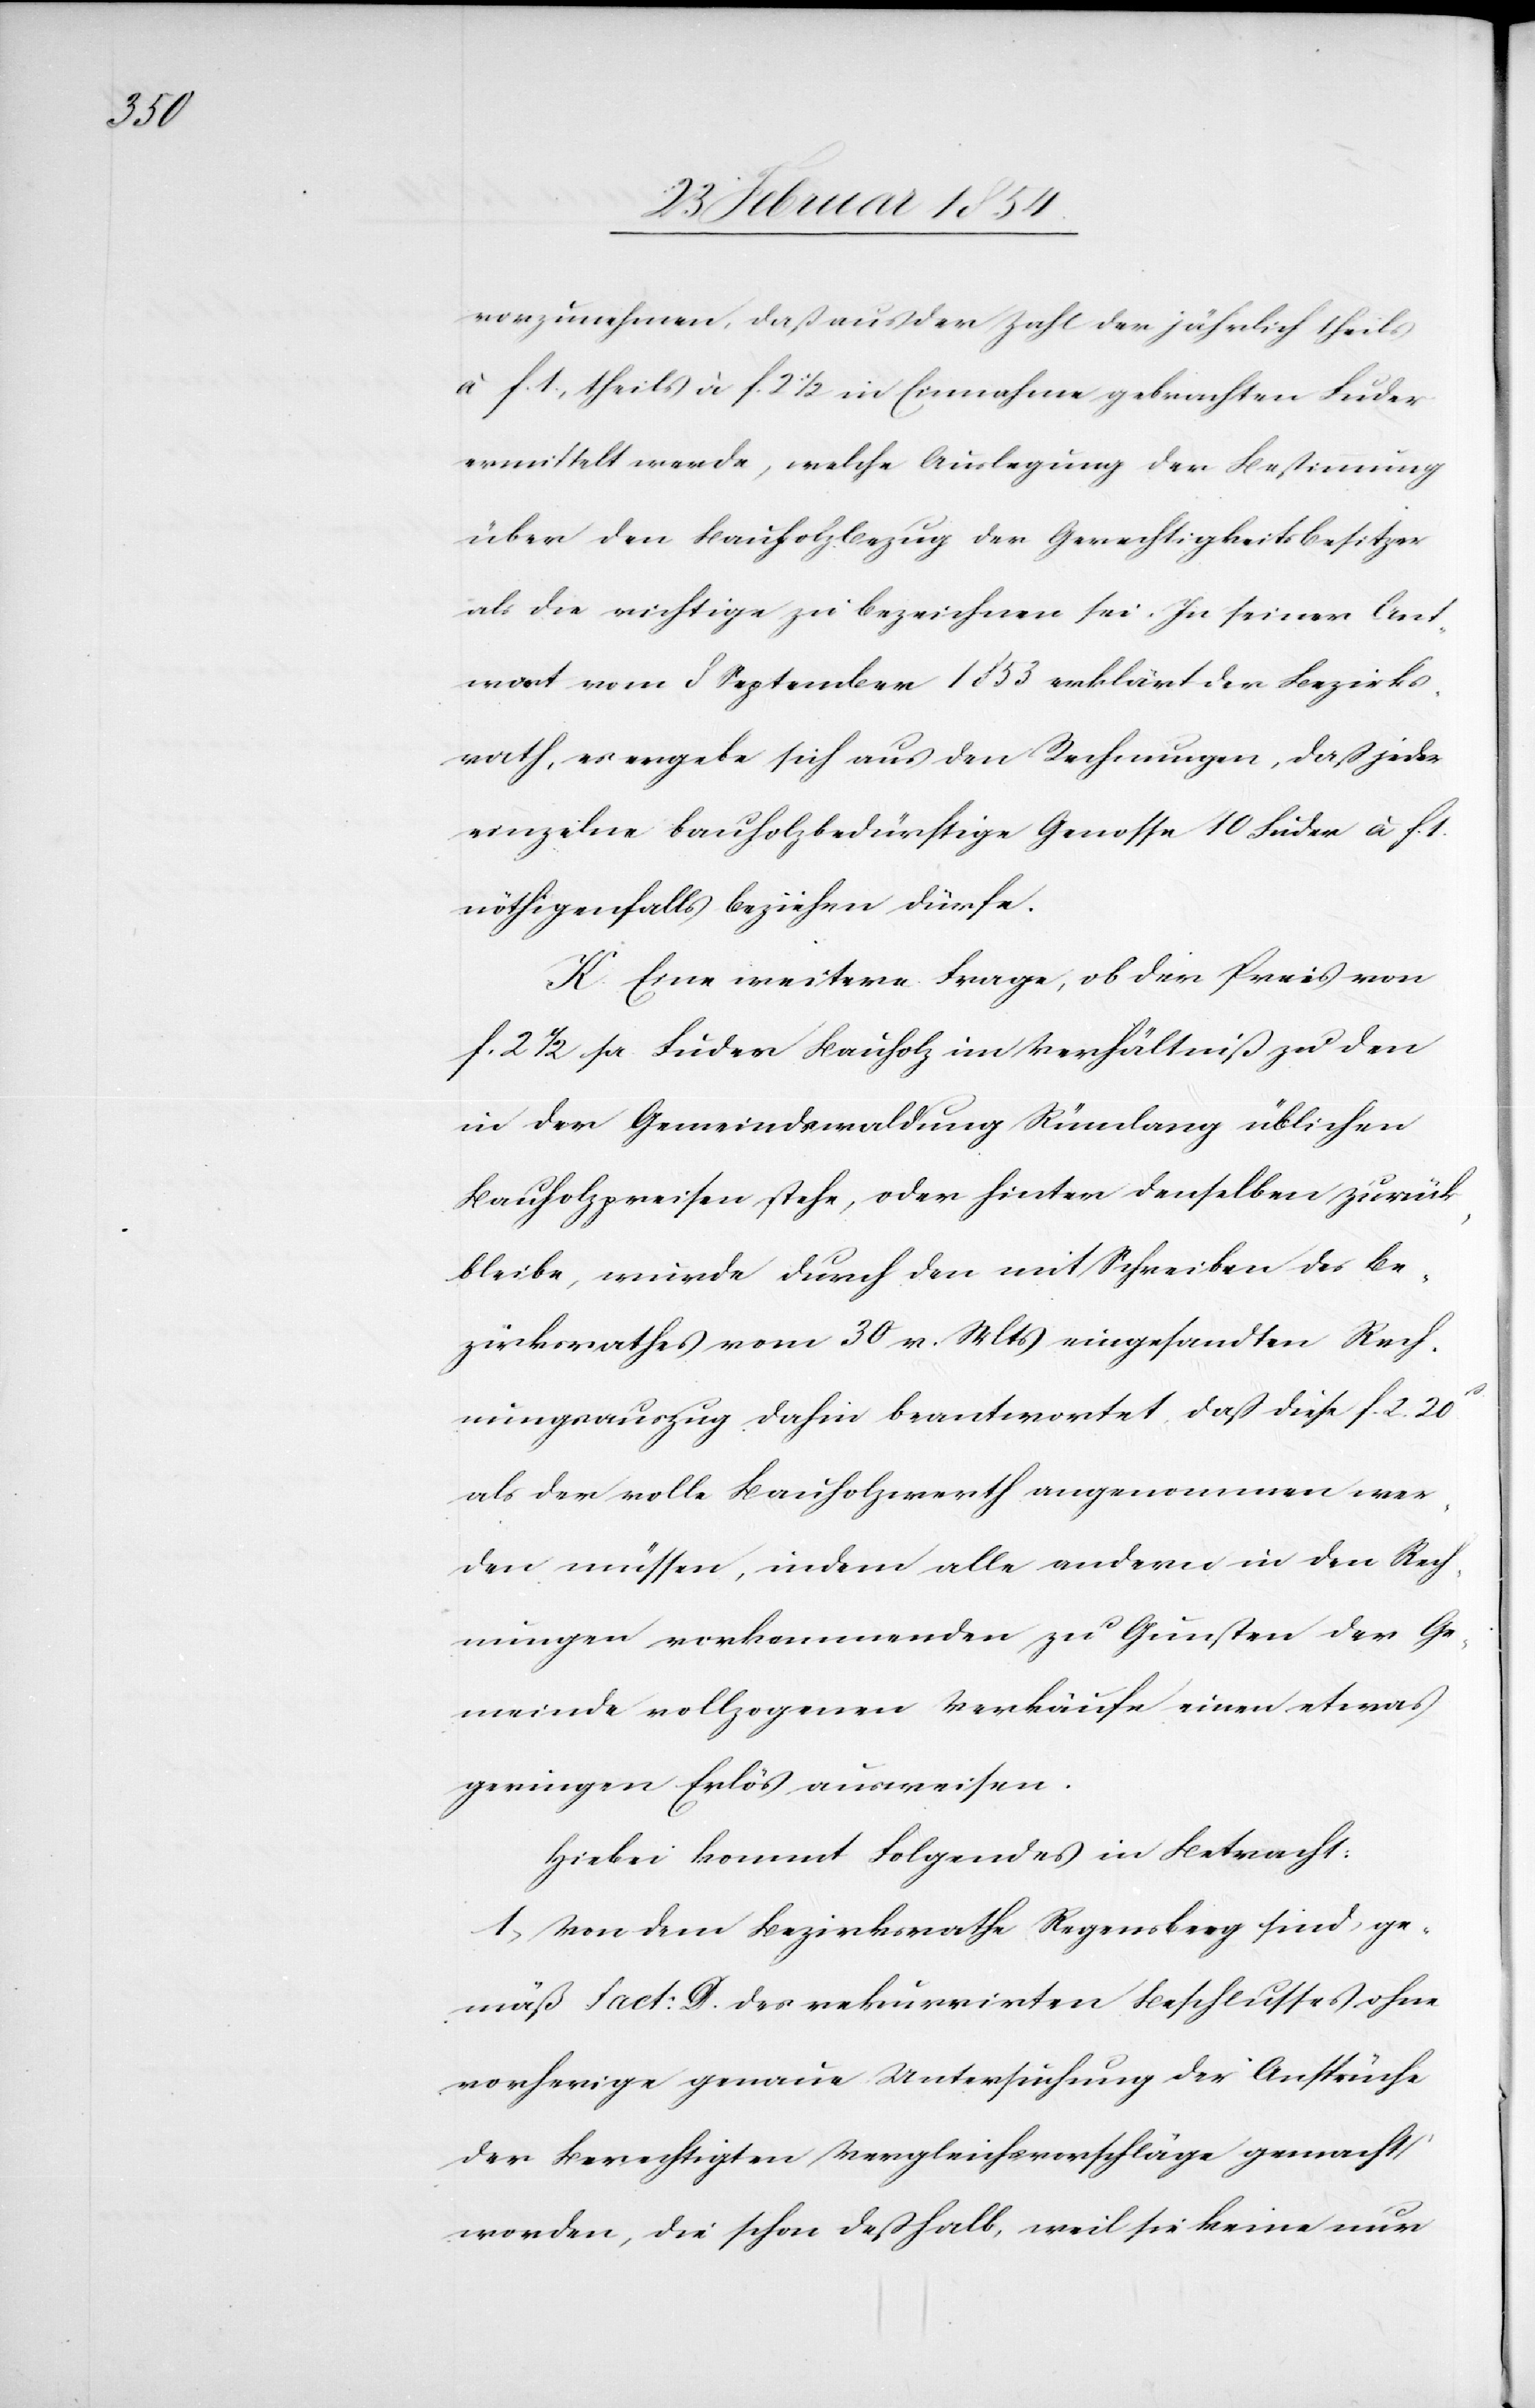
vorzunehmen, daß aus der Zahl der jährlich theils
à F. 1., theils à F. 2 ½ in Einnahme gebrachten Fuder
ermittelt werde, welche Auslegung der Bestimmung
über den Bauholzbezug der Gerechtigkeitsbesitzer
als die richtige zu bezeichnen sei. In seiner Ant¬
wort vom 8 September 1853 erklärt der Bezirks¬
rath, es ergebe sich aus den Rechnungen, daß jeder
einzelne bauholzbedürftige Genosse 10 Fuder à F. 1.
nöthigenfalls beziehen dürfe.
K. Eine weitere Frage, ob der Preis von
f. 2 ½ pr Fuder Bauholz im Verhältnis zu den
in der Gemeindswaldung Rümlang üblichen
Bauholzpreisen stehe oder hinter denselben zurück¬
bleibe, wurde durch den mit Schreiben des Be¬
zirksrathes vom 30 v. Mts eingesandten Rech¬
nungsauszug dahin beantwortet, daß diese F. 2.20ß
als der volle Bauholzwerth angenommen wer¬
den müssen, indem alle andern in den Rech¬
nungen vorkommenden zu Gunsten der Ge¬
meinde vollzogenen Verkäufe einen etwas
geringen Erlös ausweisen.
Hiebei kommt Folgendes in Betracht:
1. Von dem Bezirksrathe Regensberg sind, ge¬
mäß Fact: D. des rekurrirten Beschlusses ohne
vorherige genaue Untersuchung der Ansprüche
der Berechtigten Vergleichsvorschläge gemacht
worden, die schon deßhalb, weil sie keine nur